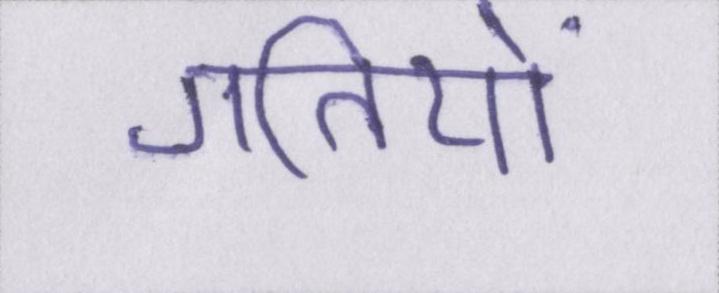
गतियों